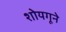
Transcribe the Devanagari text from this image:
शोयगूने